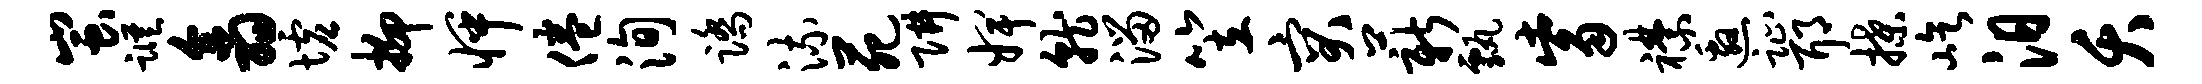
蚩踪翕墟抑怦倦洵踏流苑阱婢就溜笠突薪甄觜襟邀趾耶揲屹汨夭